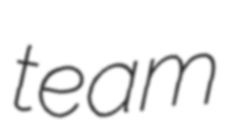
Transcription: team